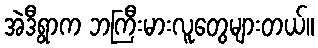
အဲဒီရွာက ဘကြီးမားလူတွေများတယ်။